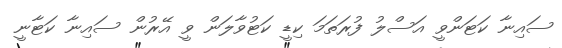
ސައިނާ ކަޓަންވީ އަސްލު ފުރަތަމަ ކިޑީ ކަޓުވާލަން ވީ އޭރުން ސައިނާ ކަޓާނީ